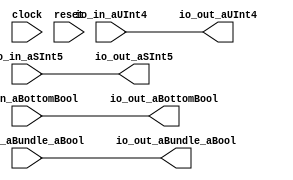
module PeekPokeBundleSpecMyCircuit( // @[:@3.2]
  input        clock, // @[:@4.4]
  input        reset, // @[:@5.4]
  input  [3:0] io_in_aUInt4, // @[:@6.4]
  input  [4:0] io_in_aSInt5, // @[:@6.4]
  input        io_in_aBundle_aBool, // @[:@6.4]
  input        io_in_aBottomBool, // @[:@6.4]
  output [3:0] io_out_aUInt4, // @[:@6.4]
  output [4:0] io_out_aSInt5, // @[:@6.4]
  output       io_out_aBundle_aBool, // @[:@6.4]
  output       io_out_aBottomBool // @[:@6.4]
);
  assign io_out_aUInt4 = io_in_aUInt4;
  assign io_out_aSInt5 = io_in_aSInt5;
  assign io_out_aBundle_aBool = io_in_aBundle_aBool;
  assign io_out_aBottomBool = io_in_aBottomBool;
endmodule